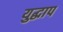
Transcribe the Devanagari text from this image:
युद्धाप